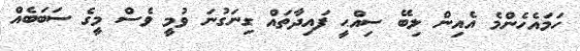
ހަމައެހެންމެ އެއިން ލިބޭ ސިއްޙީ ފައިދާތައް ގިނަގުނަ ވުމީ ވެސް މީގެ ސަަބަބެއް